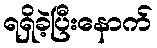
ရရှိခဲ့ပြီးနောက်